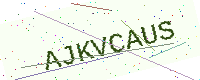
Text: AJKVCAUS